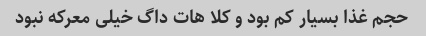
حجم غذا بسیار کم بود و کلا هات داگ خیلی معرکه نبود